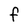
Character: F